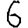
Digit: 6